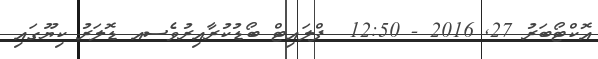
އޮކްޓޯބަރު 27